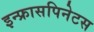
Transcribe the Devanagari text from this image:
इन्फ्रासपिनेटस